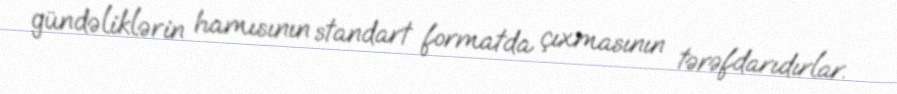
gündəliklərin hamısının standart formatda çıxmasının tərəfdarıdırlar.